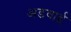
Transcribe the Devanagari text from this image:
अडवाई